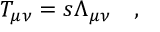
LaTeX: T _ { \mu \nu } = s \Lambda _ { \mu \nu } \quad ,